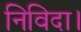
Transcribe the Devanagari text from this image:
निविदा।